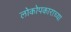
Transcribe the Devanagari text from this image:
लोकोपकाराच्या